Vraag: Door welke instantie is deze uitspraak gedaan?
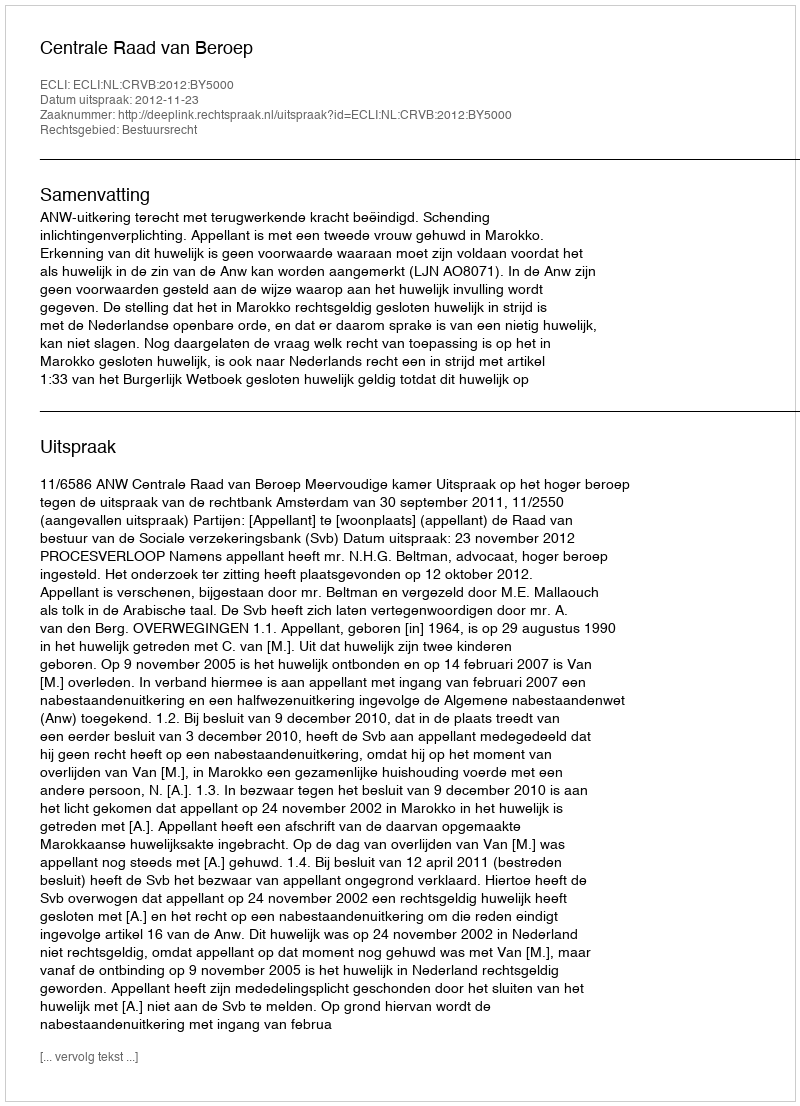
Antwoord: Centrale Raad van Beroep